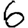
Digit: 6